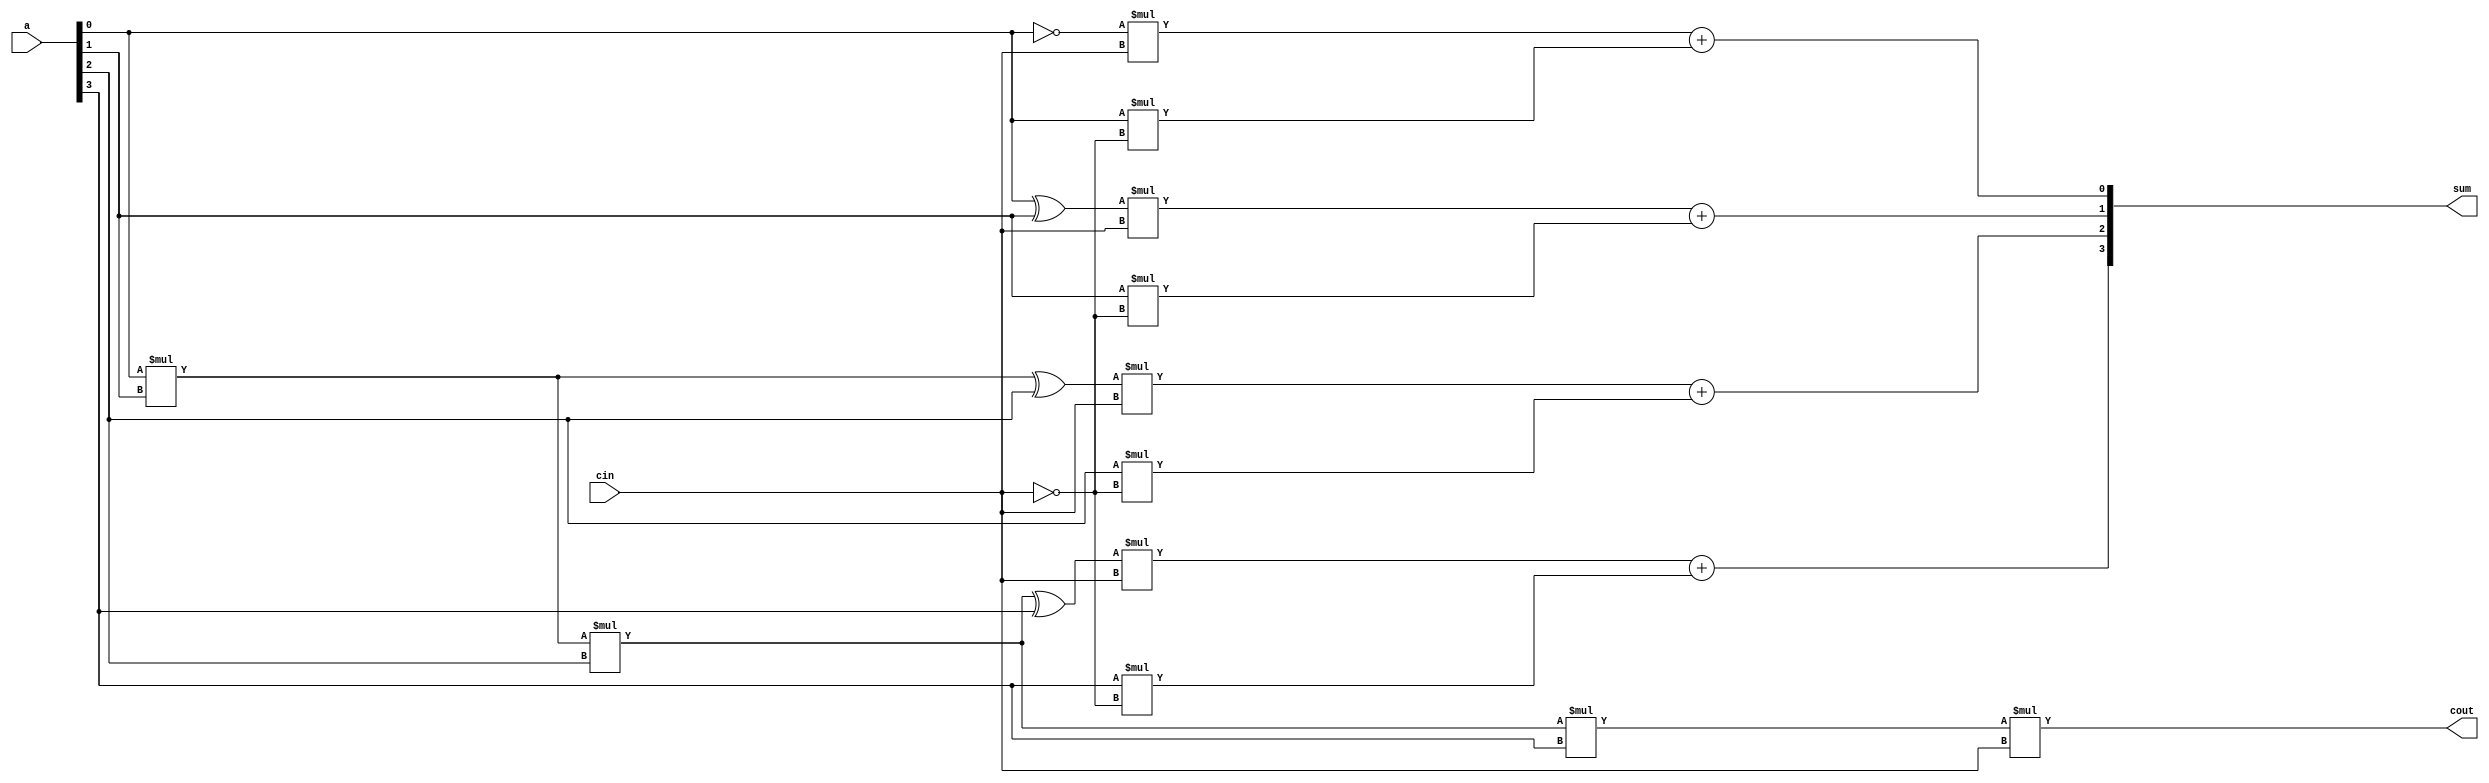
module INCR(a,cin,sum,cout);

	// a,cin are the two inputs
	input [3:0] a; 
	input cin;
	
	// sum,cout	are the two outputs				
	output [3:0] sum;
	output cout;
	
	// incrementing 'a' if cin==1
	assign sum[0]=(~a[0])*cin+a[0]*(~cin);
	assign sum[1]=(a[0]^a[1])*cin+a[1]*(~cin);
	assign sum[2]=((a[0]*a[1])^a[2])*cin+a[2]*(~cin);
	assign sum[3]=((a[0]*a[1]*a[2])^a[3])*cin+a[3]*(~cin);
	assign cout=a[0]*a[1]*a[2]*a[3]*cin;


endmodule